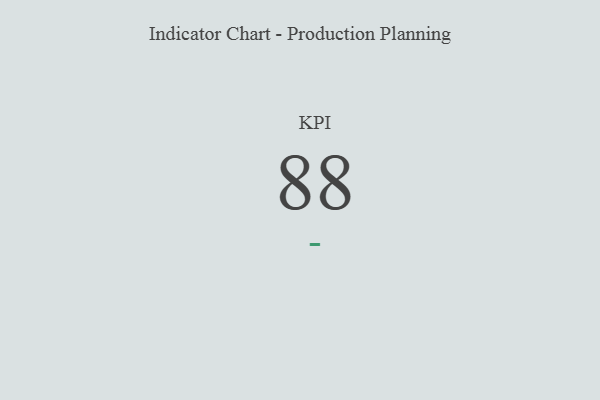
{"axis": {"x": "KPI", "y": "Value"}, "legend": [""], "data": [{"x": "KPI", "y": 88, "type": ""}]}